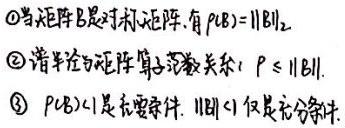
\textcircled{1}当矩阵$B$是对称矩阵,有$\rho(B)=\|B\|_2$.
\textcircled{2}谱半径与矩阵范数关系: $\rho\leqslant \|B\|$.
\textcircled{3}$\rho(B)<1$是充要条件, $\|B\|<1$仅是充分条件.